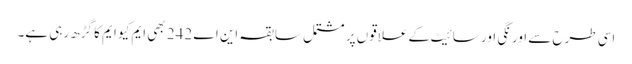
اسی طرح سے اورنگی اور سائیٹ کے علاقوں پر مشتمل سابقہ این اے 242 بھی ایم کیو ایم کا گڑھ رہی ہے۔